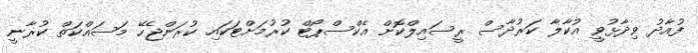
ފުއާދު ވިދާޅުވީ އުކާލާ ކަރުދާސް ރީސައިލްކޮށް އެކްސްޕޯޓް ކުރުމަށްޓަކައި ކުރަންޖެހޭ މަސައްކަތް ކުރާނީ